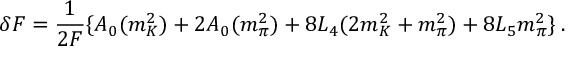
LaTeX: \delta F = \frac { 1 } { 2 F } \{ A _ { 0 } ( m _ { K } ^ { 2 } ) + 2 A _ { 0 } ( m _ { \pi } ^ { 2 } ) + 8 L _ { 4 } ( 2 m _ { K } ^ { 2 } + m _ { \pi } ^ { 2 } ) + 8 L _ { 5 } m _ { \pi } ^ { 2 } \} \: .